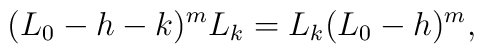
(L_0 - h - k)^m L_k = L_k (L_0 - h)^m,